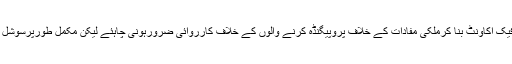
سابق وزیرداخلہ نے کہا کہ سوشل میڈیا پر فیک اکاونٹ بنا کرملکی مفادات کے خلاف پروپیگنڈہ کرنے والوں کے خلاف کارروائی ضرورہونی چاہئے لیکن مکمل طورپرسوشل میڈیا پرقدغن لگا دینا کسی طورمناسب نہیں۔